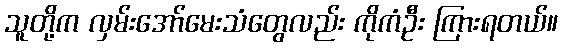
သူတို့က လှမ်းအော်မေးသံတွေလည်း ကိုကံဦး ကြားရတယ်။